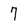
Character: 7